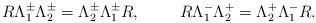
LaTeX: \begin{align*}R\Lambda ^{\pm}_{1}\Lambda ^{\pm}_{2} = \Lambda^{\pm}_{2}\Lambda ^{\pm}_{1}R,\hskip 1cmR\Lambda ^{-}_{1}\Lambda ^{+}_{2}= \Lambda ^{+}_{2}\Lambda ^{-}_{1}R.\end{align*}